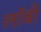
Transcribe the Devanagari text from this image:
लाॅबी